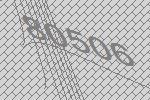
80506